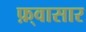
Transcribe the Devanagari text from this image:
फ़्वासार